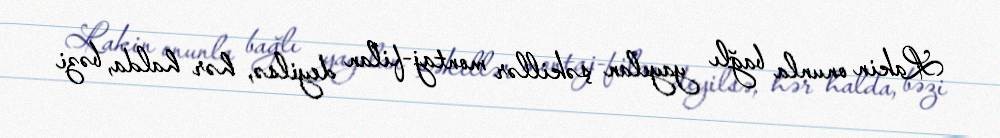
Lakin onunla bağlı yayılan şəkillər montaj-filan deyilsə, hər halda, bəzi